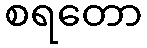
စရတော